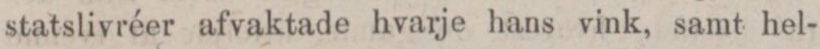
statslivréer afvaktade hvarje hans vink, samt hel-